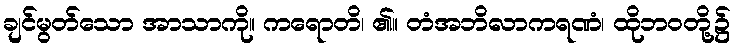
ချင်မွတ်သော အာသာကို။ ကရောတိ၊ ၏။ တံအဘိလာကရဏံ၊ ထိုဘဝတို့၌